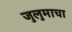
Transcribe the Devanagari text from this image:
जुलुमाचा